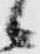
候